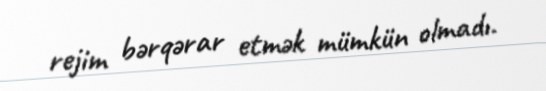
rejim bərqərar etmək mümkün olmadı.